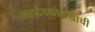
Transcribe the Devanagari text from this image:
महादेवकोळ्यांची